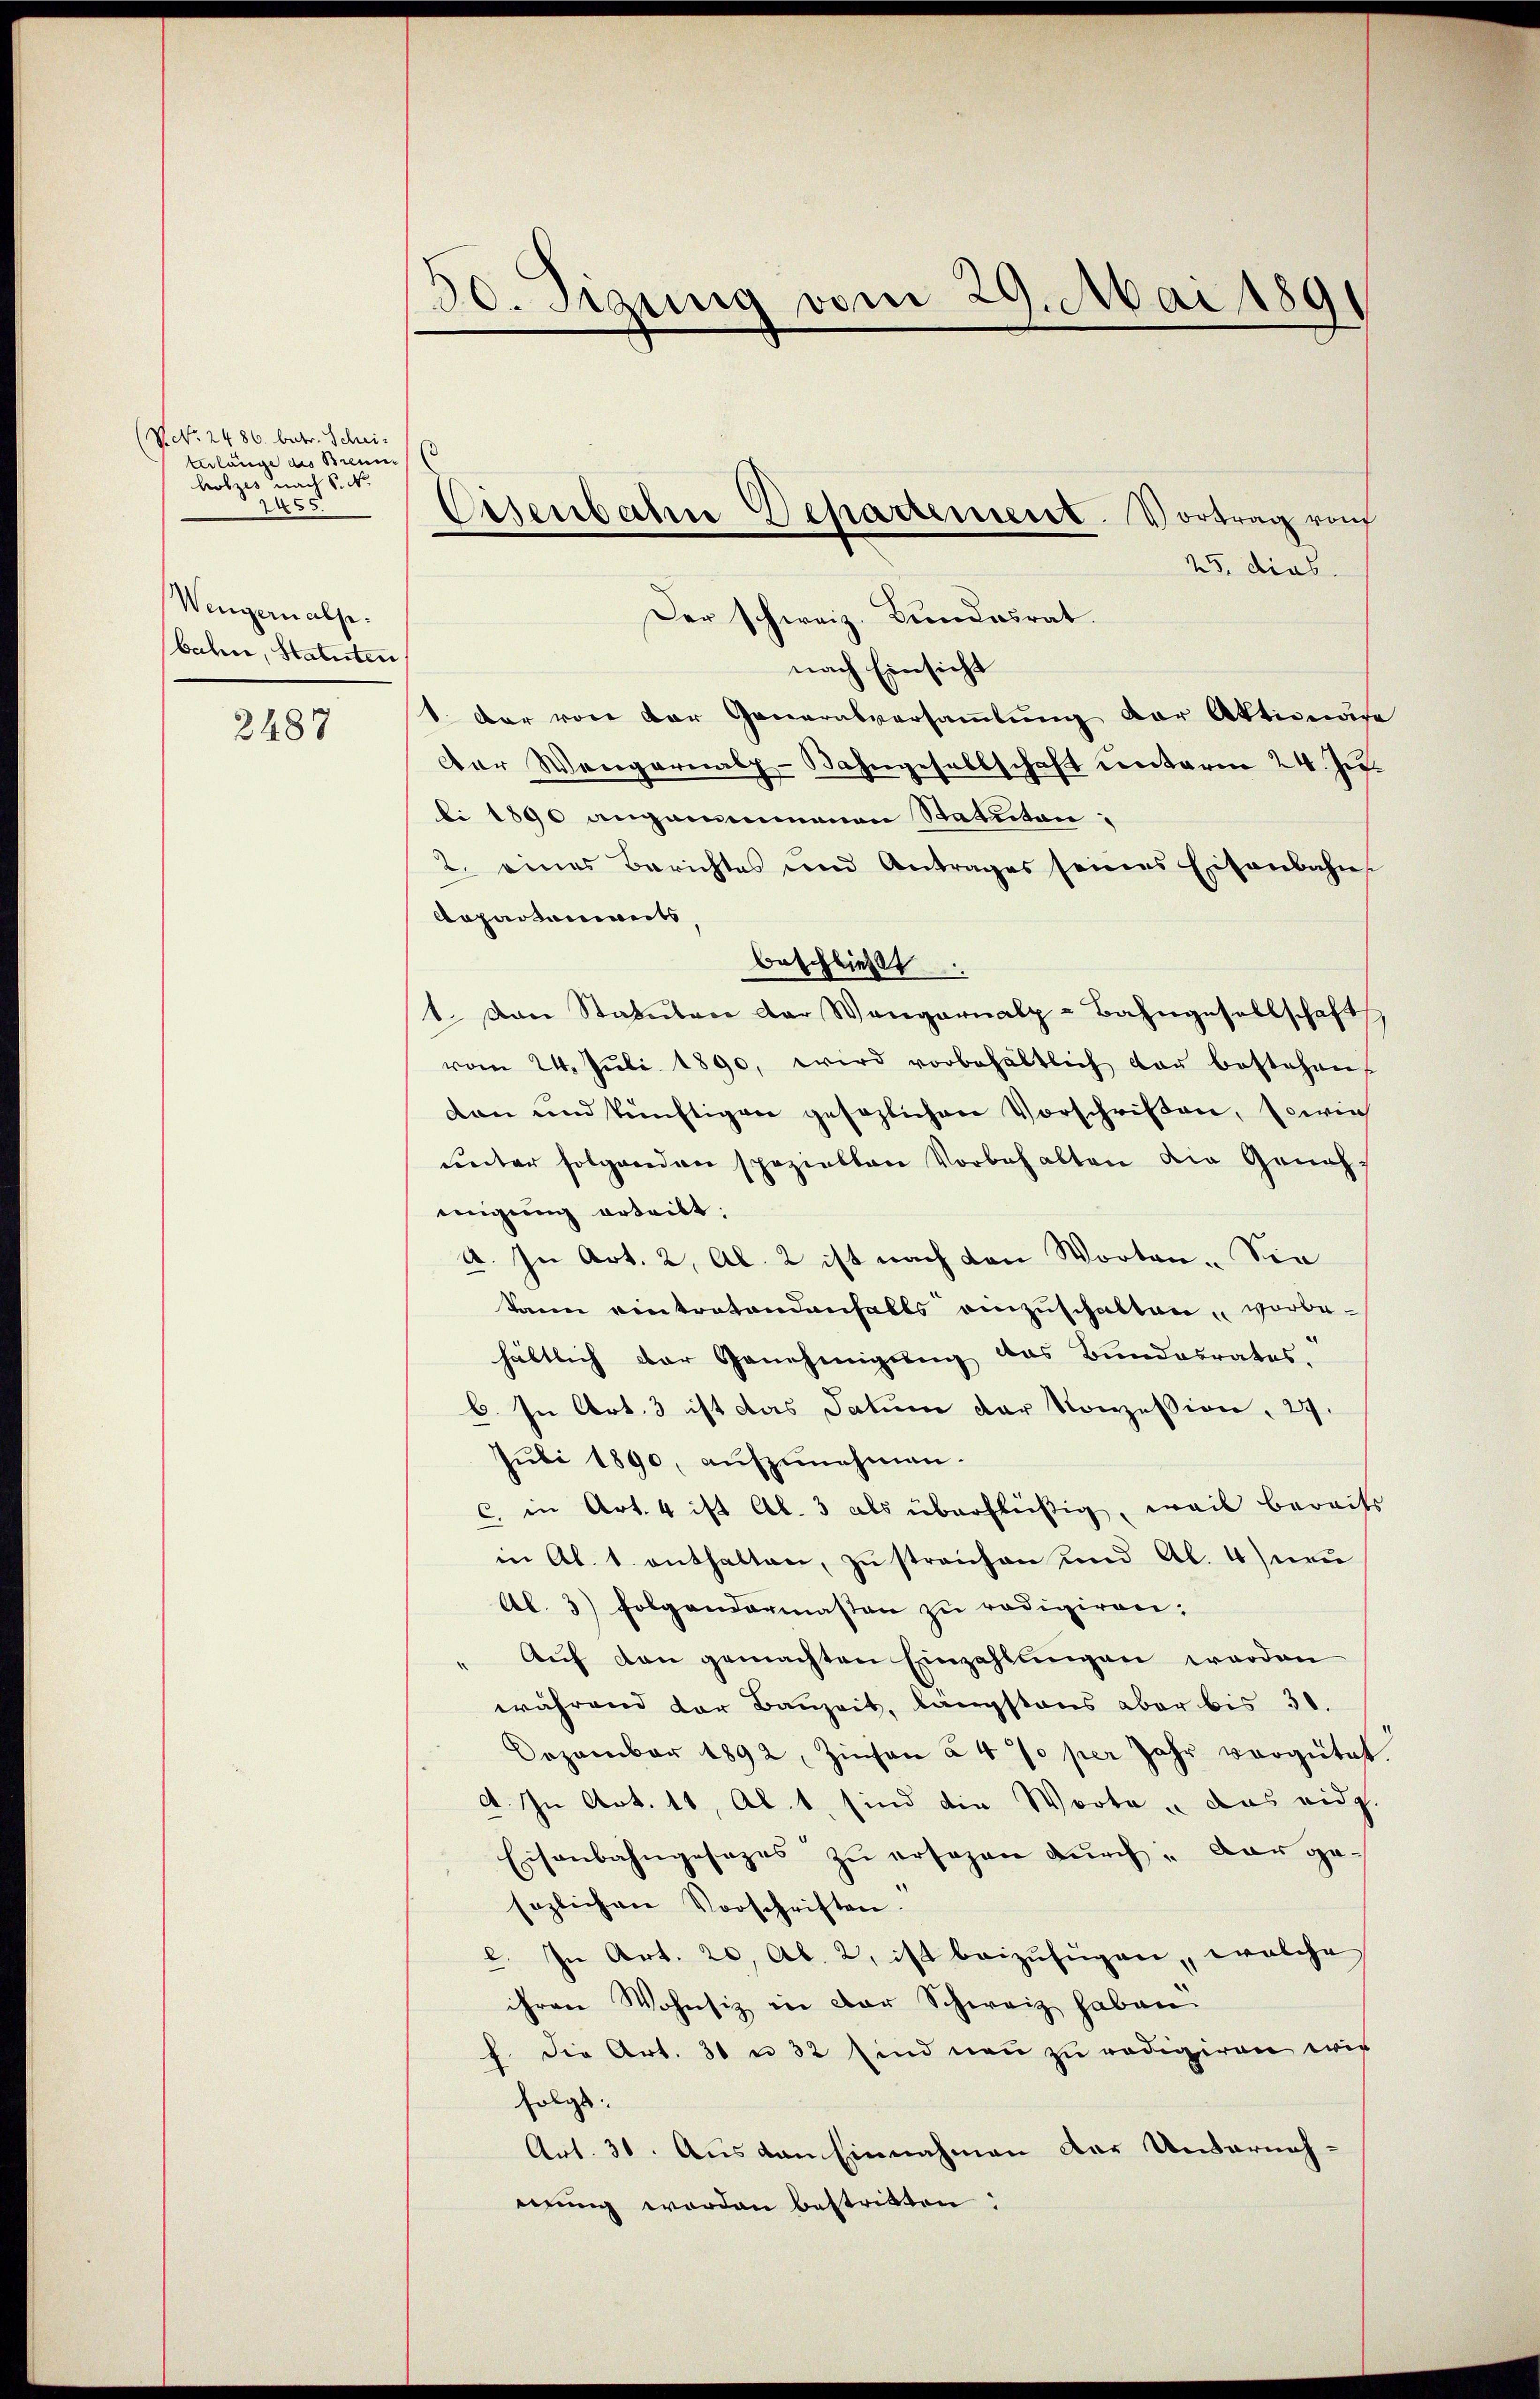
(V. N. 2486. betr. Schei-
terlänge des Brenn
holzes nach S. Nr.
1455.
Wengern alp.
bahre, Statuten,

2487

30. Sitzung vom 29. Mai 1891

s
Cisenbahn Departement. Vortrag vom

25. dies
Der schweiz. Bundesrat.
nach Einsicht
1. Der von der Generalversaṁlŭng der Aktionare
Der Wangernal-Bahngesellschaft unterm 24. Ju
bi 1890 angammanen Statuten:
2. eines Berichtes und Antrages seines Eisenbahns
Departenwirts
beschließt.
1. Von Statuten der Wangarnalp - Bahngesellschaft
vom 24. Juli 1890, wird vorbehältlich von bestehen
don und künftigen gesezlichen Vorschriften, sowie
ueter folgenden speziellen Vorbehalten die Genehmigung erteilt.
a. In Art. 2, Al. 2 ist nach den Worten. Sie
kann eintratendenfalls einzuschaften vorbehältlich der Genehmigung das Bundesrates.
C. In Art. 3 ist das Datum der Konzession, 29.
sŭbi 1890, aŭfzŭnehmen.
c. in Art. 4 ist Al. 3 als überflüßig, weil bereits
in Al. 1 enthalten, zu streichen und Al. 4) neu
Al. 3) folgendermassen zu redigiren;
Auf den gemachten Einzahlungen werden
während der Bauzeit, längstens aber bis 30.
Dezember 1892, Zinsen à 4 % per Jahr vergütet.
d. In Art. 11, Al. 1, sind die Worte u das eidg.
Eisenbahngesezes zŭ ersagen durch dar gesezlichen Vorschriften.
l. In Art. 20, Al. 2, ist beizufügen, welche
ihren Wohnsiz in der Schweiz haben
h. die Art. 31 n 32 sind neu zu redigiren wir
folgs.
Art. 30. Aus den Einnahmen der Unternahmung worden bestritten: